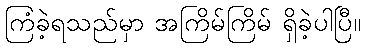
ကြံခဲ့ရသည်မှာ အကြိမ်ကြိမ် ရှိခဲ့ပါပြီ။